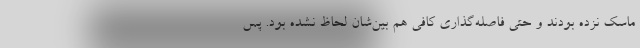
ماسک نزده بودند و حتی فاصله‌گذاری کافی هم بین‌شان لحاظ نشده بود. پس